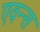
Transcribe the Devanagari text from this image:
एवन्स